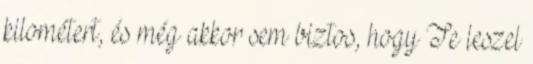
kilométert, és még akkor sem biztos, hogy Te leszel